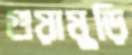
গুয়ামুড়ি